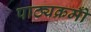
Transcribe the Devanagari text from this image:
पाठ्यक्रमोँ